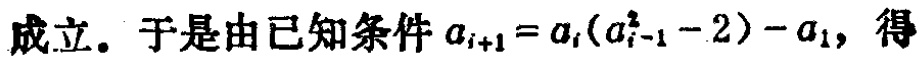
成立。于是由已知条件\(a_{i + 1} = a_{i}(a_{i - 1}^{2} - 2) - a_{1}\)，得